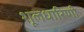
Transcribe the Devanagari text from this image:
शूलधारिणी